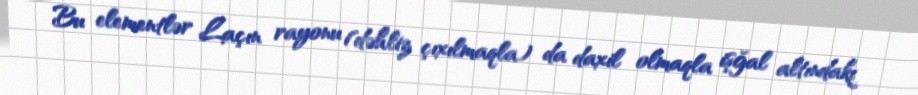
Bu elementlər Laçın rayonu (dəhliz çıxılmaqla) da daxil olmaqla işğal altındakı